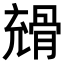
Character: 𩩇